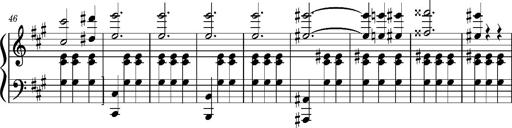
Title: Petite Valse (Fragment)
Composer: Franz Liszt
Key: A major then B-flat major